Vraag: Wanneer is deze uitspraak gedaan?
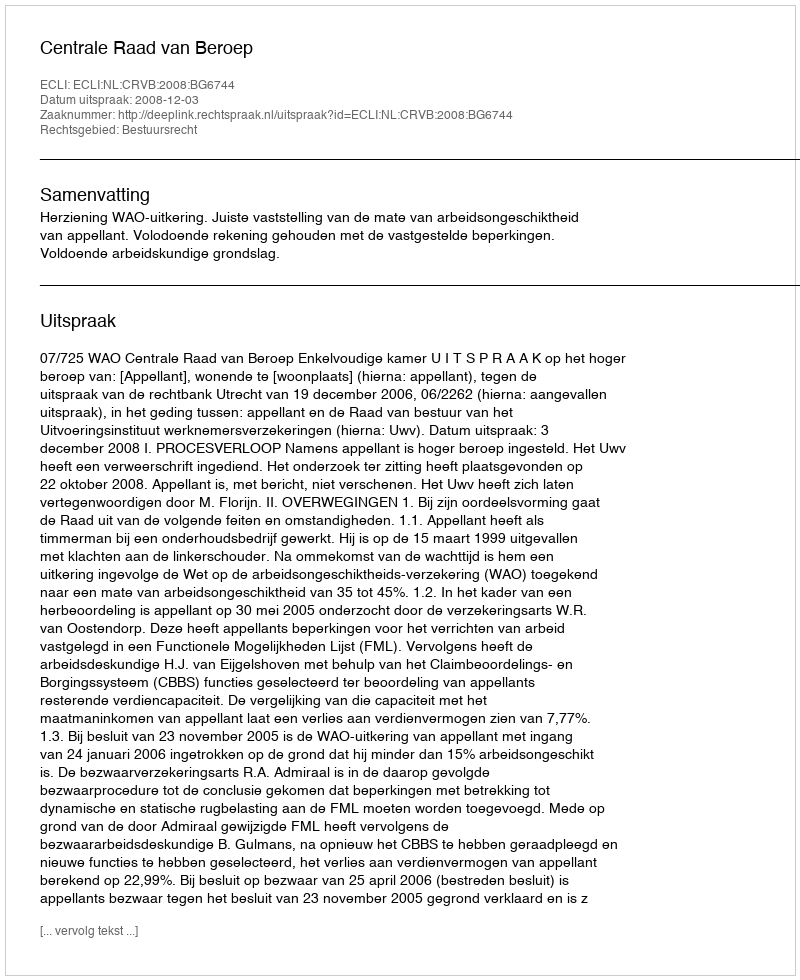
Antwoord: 2008-12-03